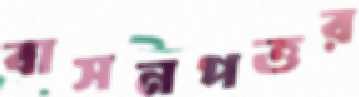
বাসনপত্তর